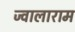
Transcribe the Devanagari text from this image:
ज्वालाराम